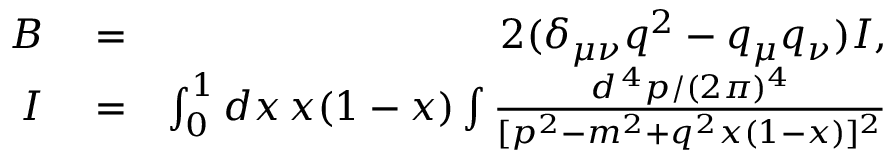
\begin{array} { r l r } { B } & { { } = } & { 2 ( \delta _ { \mu \nu } q ^ { 2 } - q _ { \mu } q _ { \nu } ) I , } \\ { I } & { { } = } & { \int _ { 0 } ^ { 1 } d x \, x ( 1 - x ) \int { \frac { d ^ { \, 4 } p / ( 2 \pi ) ^ { 4 } } { [ p ^ { 2 } - m ^ { 2 } + q ^ { 2 } x ( 1 - x ) ] ^ { 2 } } } } \end{array}